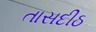
તાસદીઠ